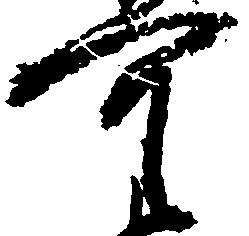
可